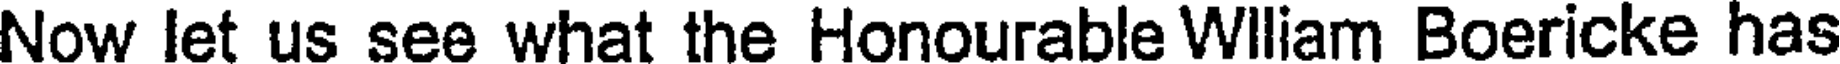
Now let us see what the Honourable Wlliam Boericke has